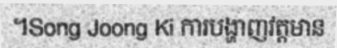
។Song Joong Ki ការបង្ហាញវត្តមាន